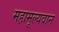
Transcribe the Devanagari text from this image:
महामूल्यवान